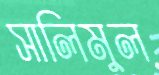
সালিমুল